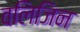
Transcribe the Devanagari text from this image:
वलिजिन